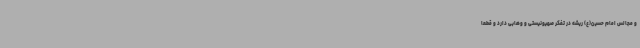
و مجالس امام حسین(ع) ریشه در تفکر صهیونیستی و وهابی دارد و قطعاً